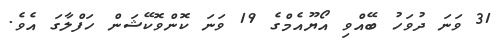
31 ވަނަ ދުވަހު ބޭއްވި އޯޔޫއެމްގެ 19 ވަނަ ކޮންވޮކޭޝަން ހަފްލާގަ އެވެ.